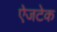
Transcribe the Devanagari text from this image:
ऐजटेक